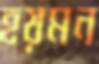
হয়মন